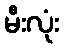
မီးလုံး